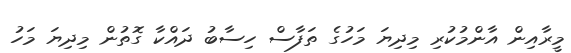
މީރާއިން އާންމުކުރި މިދިޔަ މަހުގެ ތަފާސް ހިސާބު ދައްކާ ގޮތުން މިދިޔަ މަހު